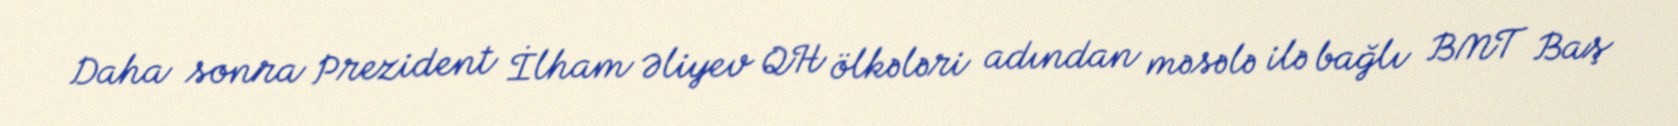
Daha sonra Prezident İlham Əliyev QH ölkələri adından məsələ ilə bağlı BMT Baş